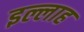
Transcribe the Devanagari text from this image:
इल्लाह